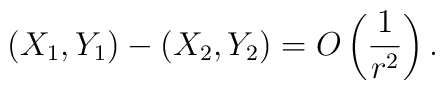
(X_1,Y_1) - (X_2,Y_2)=O\left(\frac{1}{r^2}\right) .